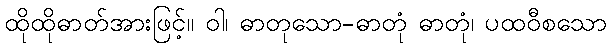
ထိုထိုဓာတ်အားဖြင့်။ ဝါ၊ ဓာတုသော-ဓာတုံ ဓာတုံ၊ ပထဝီစသော